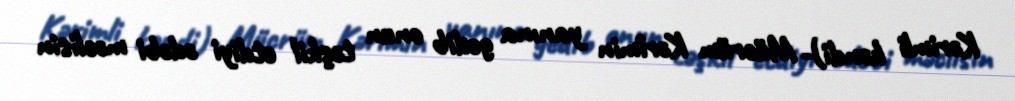
Kərimli kəndi)- Mücrüm Kərimin yanına gedib onun təşkil etdiyi ədəbi məclisin